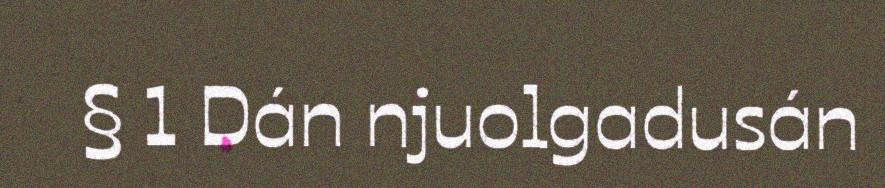
§ 1 Dán njuolgadusán